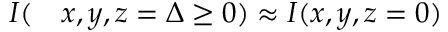
\begin{array} { r l } { I ( } & { { } x , y , z = \Delta \ge 0 ) \approx I ( x , y , z = 0 ) } \end{array}